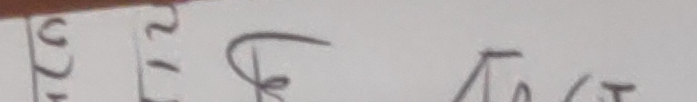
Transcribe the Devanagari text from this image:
(२। फ √७०